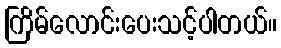
ကြိမ်လောင်းပေးသင့်ပါတယ်။